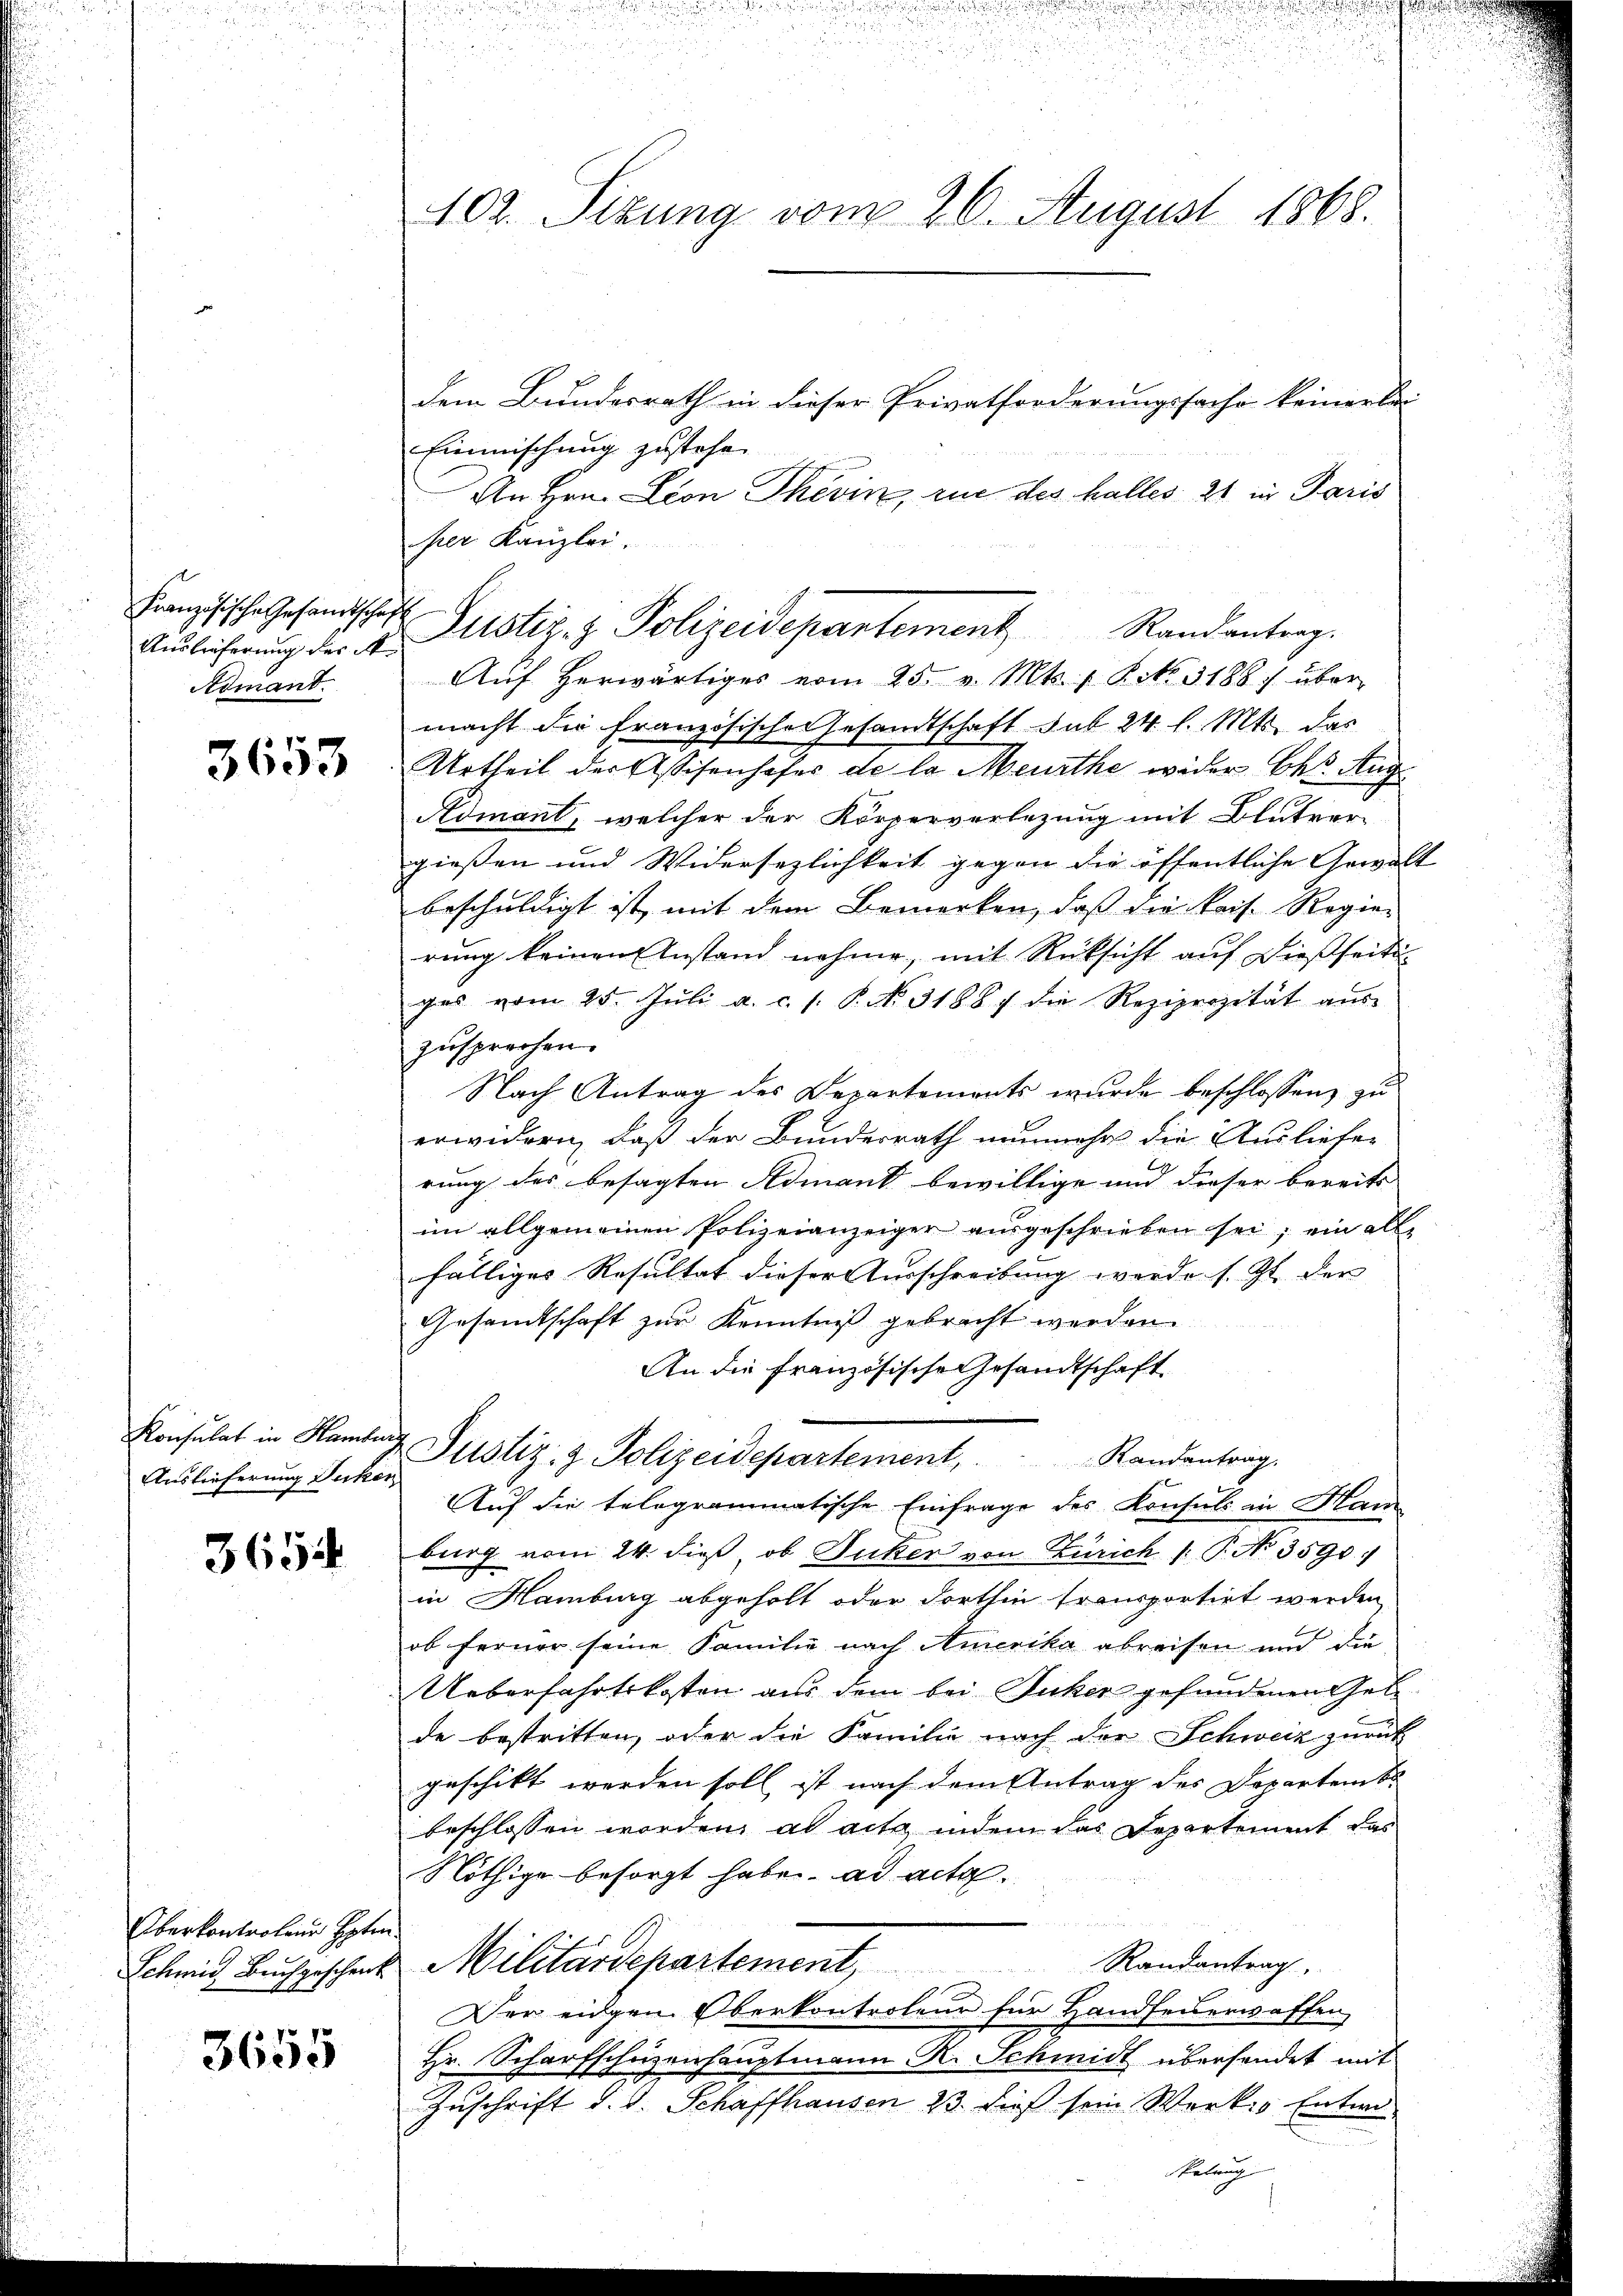
Auslieferung des A
Admant.

3653

Konsulat in Hambur
Auslieferung Jukon

3654

Oberkontroleur Hote
Schmid Buchgeschenk

3655

102. Sizung vom 26. August 1868.

Französische Gesandschaft Zustiz- & Polizeidepartement Randantrag.
Aŭf herwärtiges vom 25. v. Mts. 1 Pct. 3188) über-

dem Bundesrath in dieser Privatforderungsfache keinerlei
Einmischung zustehe.
An Hrn. Leon Thevin, rue des halles 21 in Paris
ser Kanzlei.
macht die Französische Gesandtschaft sub 24 l. Mts. das
Urtheil der Assisenhofes de la Meurthe wider Okt. Aug
Admant, welcher der Körperverlegung mit Blutver-
gießen und Widersezlichkeit gegen die öffentliche Gewal
beschuldigt ist, mit dem Bemerken, daß die kais. Regie-
rung keinen Anstand nehme, mit Rücksicht auf dießseitiges vom 25. Jŭli a. c. s. P. No. 31887 die Reziprozität aŭs-
zusprechen.
Nach Antrag des Departements wurde beschlossen, zu
erwidern, daß der Bundesrath nunmehr die Ausliefer
rung des besagten Admant bewillige und dieser bereits
im allgemeinen Polizeianzeiger ausgeschrieben sei; ein all
fälliges Resultat dieser Ausschreibung werde s. Zt. der |
Gesamtschaft zur Kenntniß gebracht werden.
An die Französische Gesandtschaft
.
Justiz- & Polizeidepartement, Randentrag.
Auf die telegrammatische Einfrage des Konsuls in Han
burg vom 24. dieß, ob Juker von Zürich /: P. No 3590.
in Hamburg abgeholt oder dorthin transportirt werden
ob ferner seine Familie nach Amerika abreisen und die
Ueberfahrtskosten aus dem bei Puker gefundenen Gele
de bestritten, oder die Familie nach der Schweiz zurück
geschikt werden soll ist nach dem Antrag des Departembe
beschlossen worden, als acta indem das Departement das
Nöthige besorgt habe. ad acta
Militärdepartement, Randantrag.
Der eingen Oberkontrolen für Handfeiserwaffen
Hr. Scharfschüzenhauptmann R. Schmidt überhandet mit
Zuschrift d. d. Schaffhausen 23. dieß sein Werkso Entwe

Relig

u